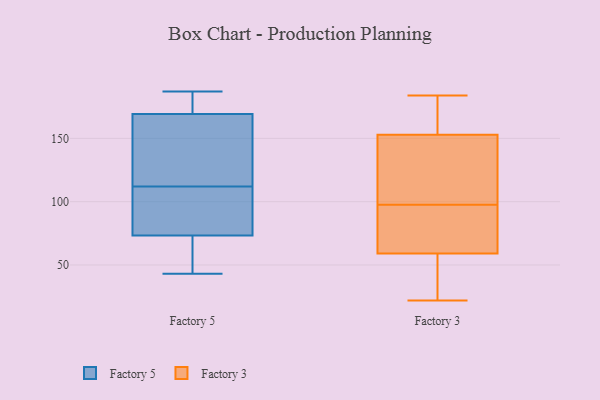
{"axis": {"x": "Population (Million)", "y": "Value"}, "legend": ["Factory 3", "Factory 5"], "data": [{"x": "", "y": 59, "type": "Factory 5"}, {"x": "", "y": 169, "type": "Factory 5"}, {"x": "", "y": 187, "type": "Factory 5"}, {"x": "", "y": 82, "type": "Factory 5"}, {"x": "", "y": 127, "type": "Factory 5"}, {"x": "", "y": 43, "type": "Factory 5"}, {"x": "", "y": 112, "type": "Factory 5"}, {"x": "", "y": 75, "type": "Factory 5"}, {"x": "", "y": 133, "type": "Factory 5"}, {"x": "", "y": 68, "type": "Factory 5"}, {"x": "", "y": 184, "type": "Factory 5"}, {"x": "", "y": 94, "type": "Factory 5"}, {"x": "", "y": 170, "type": "Factory 5"}, {"x": "", "y": 95, "type": "Factory 3"}, {"x": "", "y": 174, "type": "Factory 3"}, {"x": "", "y": 95, "type": "Factory 3"}, {"x": "", "y": 100, "type": "Factory 3"}, {"x": "", "y": 184, "type": "Factory 3"}, {"x": "", "y": 153, "type": "Factory 3"}, {"x": "", "y": 59, "type": "Factory 3"}, {"x": "", "y": 52, "type": "Factory 3"}, {"x": "", "y": 41, "type": "Factory 3"}, {"x": "", "y": 158, "type": "Factory 3"}, {"x": "", "y": 76, "type": "Factory 3"}, {"x": "", "y": 22, "type": "Factory 3"}, {"x": "", "y": 103, "type": "Factory 3"}, {"x": "", "y": 122, "type": "Factory 3"}]}